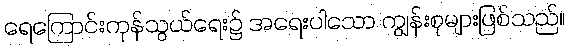
ရေကြောင်းကုန်သွယ်ရေး၌ အရေးပါသော ကျွန်းစုများဖြစ်သည်။